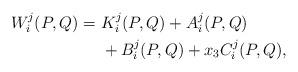
LaTeX: \begin{align*} W_i^j(P,Q) =\ &{K_i^j}(P,Q) + {A_i^j}(P,Q) \\ & + {B_i^j}(P,Q) + x_3 {C_i^j}(P,Q) , \end{align*}